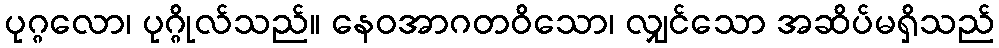
ပုဂ္ဂလော၊ ပုဂ္ဂိုလ်သည်။ နေဝအာဂတဝိသော၊ လျှင်သော အဆိပ်မရှိသည်